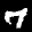
Label: 7